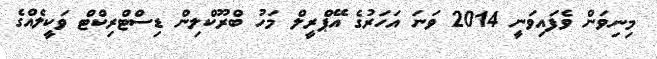
މިނިވަން ވެފައިވަނީ 2014 ވަނަ އަހަރުގެ އޭޕްރީލް މަހު ބްރޫކްލިން ޑިސްޓްރިކްޓް ވަކީލެއްގެ